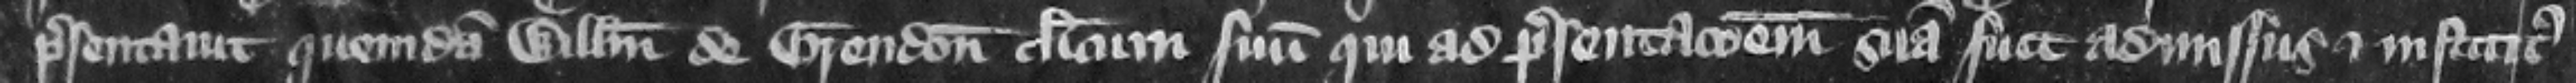
presentauit quemdam Willelmum de Grendon clericum suum qui ad presentacionem suam fuit admissus et institutus